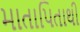
માતાપિતાથી